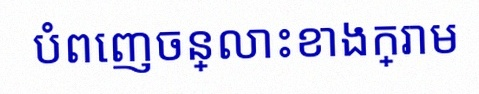
បំពេញចន្លោះខាងក្រោម